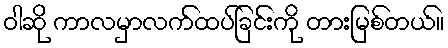
ဝါဆို ကာလမှာလက်ထပ်ခြင်းကို တားမြစ်တယ်။